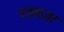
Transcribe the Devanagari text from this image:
एडवाज़र